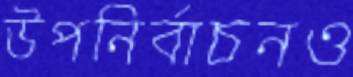
উপনির্বাচনও